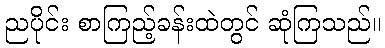
ညပိုင်း စာကြည့်ခန်းထဲတွင် ဆုံကြသည်။